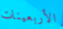
الأربعينات